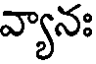
వ్యానః